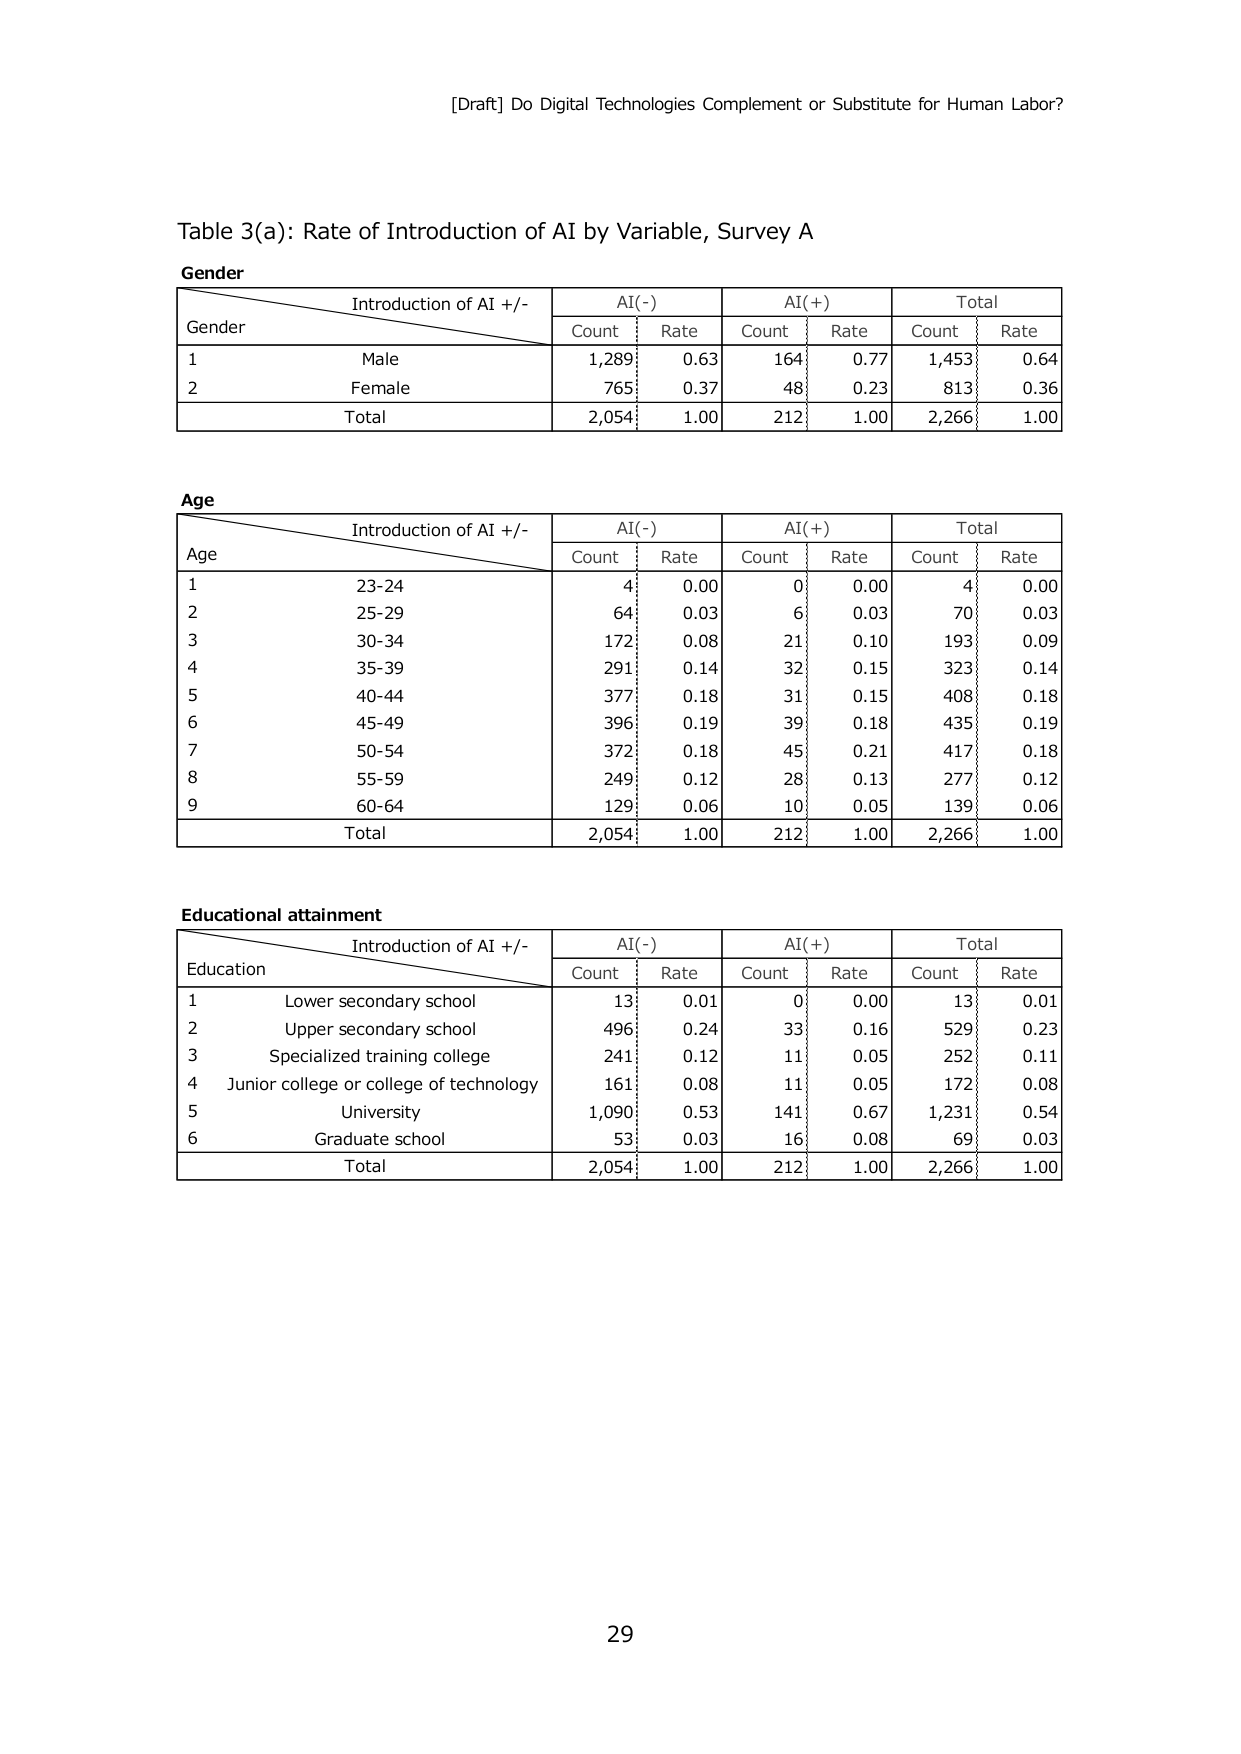
[Draft] Do Digital Technologies Complement or Substitute for Human Labor?

Table 3(a): Rate of Introduction of AI by Variable, Survey A

Gender
Introduction of AI +/-    AI(-)    AI(+)    Total
Gender                    Count    Rate    Count    Rate    Count    Rate
1    Male                  1,289    0.63    164      0.77    1,453    0.64
2    Female                765      0.37    48       0.23    813      0.36
Total                     2,054    1.00    212      1.00    2,266    1.00

Age
Introduction of AI +/-    AI(-)    AI(+)    Total
Age                       Count    Rate    Count    Rate    Count    Rate
1    23-24                 4        0.00    0        0.00    4        0.00
2    25-29                 64       0.03    6        0.03    70       0.03
3    30-34                 172      0.08    21       0.10    193      0.09
4    35-39                 291      0.14    32       0.15    323      0.14
5    40-44                 377      0.18    31       0.15    408      0.18
6    45-49                 396      0.19    39       0.18    435      0.19
7    50-54                 372      0.18    45       0.21    417      0.18
8    55-59                 249      0.12    28       0.13    277      0.12
9    60-64                 129      0.06    10       0.05    139      0.06
Total                     2,054    1.00    212      1.00    2,266    1.00

Educational attainment
Introduction of AI +/-    AI(-)    AI(+)    Total
Education                 Count    Rate    Count    Rate    Count    Rate
1    Lower secondary school    13      0.01    0        0.00    13       0.01
2    Upper secondary school    496     0.24    33       0.16    529      0.23
3    Specialized training college    241     0.12    11       0.05    252      0.11
4    Junior college or college of technology    161     0.08    11       0.05    172      0.08
5    University                1,090   0.53    141      0.67    1,231    0.54
6    Graduate school           53      0.03    16       0.08    69       0.03
Total                       2,054   1.00    212      1.00    2,266    1.00

29